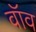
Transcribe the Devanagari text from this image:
वॉव